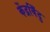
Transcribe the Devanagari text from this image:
केंद्रबिँदु